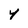
Character: Y